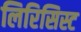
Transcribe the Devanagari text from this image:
लिरिसिस्ट